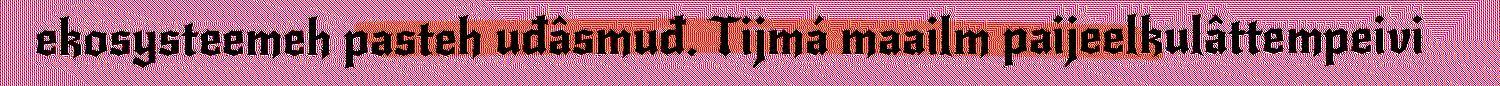
ekosysteemeh pasteh uđâsmuđ. Tijmá maailm paijeelkulâttempeivi